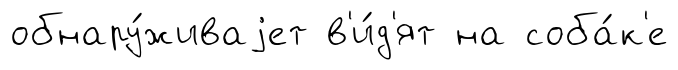
обнару́живаjет в'и́д'ят на соба́к'е